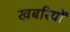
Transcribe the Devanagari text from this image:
खबरियों